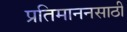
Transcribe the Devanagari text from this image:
प्रतिमाननसाठी